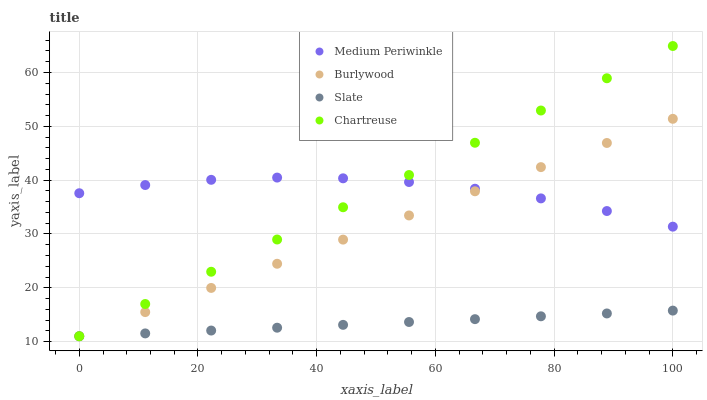
| xaxis_label | Medium Periwinkle | Burlywood | Slate | Chartreuse |
 | --- | --- | --- | --- | --- |
 | 0 | 37.6 | 11 | 11 | 11 |
 | 11.1 | 39.1 | 15.5 | 11.5 | 17 |
 | 22.2 | 40.1 | 20 | 12.1 | 23 |
 | 33.3 | 40.5 | 24.5 | 12.6 | 29 |
 | 44.4 | 40.3 | 29 | 13.1 | 35 |
 | 55.6 | 39.6 | 33.4 | 13.6 | 41 |
 | 66.7 | 38.4 | 37.9 | 14.2 | 46.9 |
 | 77.8 | 36.6 | 42.4 | 14.7 | 52.9 |
 | 88.9 | 34.3 | 46.9 | 15.2 | 58.9 |
 | 100 | 31.4 | 51.4 | 15.8 | 64.9 |